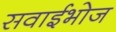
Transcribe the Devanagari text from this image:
सवाईभोज